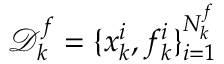
\mathcal { D } _ { k } ^ { f } = \{ x _ { k } ^ { i } , f _ { k } ^ { i } \} _ { i = 1 } ^ { N _ { k } ^ { f } }